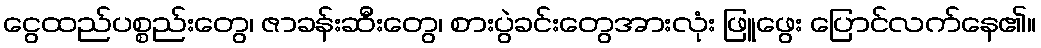
ငွေထည်ပစ္စည်းတွေ၊ ဇာခန်းဆီးတွေ၊ စားပွဲခင်းတွေအားလုံး ဖြူဖွေး ပြောင်လက်နေ၏။